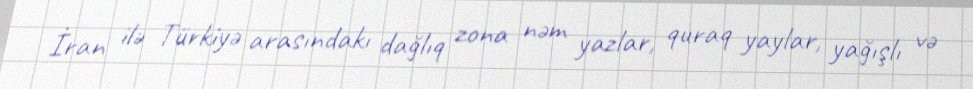
İran ilə Türkiyə arasındakı dağlıq zona nəm yazlar, quraq yaylar, yağışlı və